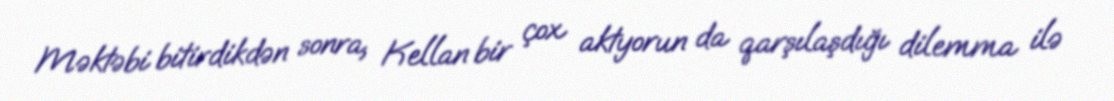
Məktəbi bitirdikdən sonra, Kellan bir çox aktyorun da qarşılaşdığı dilemma ilə